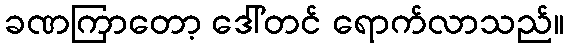
ခဏကြာတော့ ဒေါ်တင် ရောက်လာသည်။